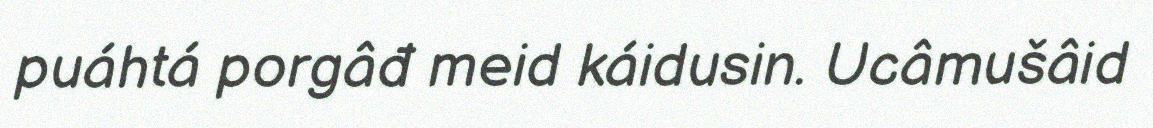
puáhtá porgâđ meid káidusin. Ucâmušâid